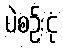
ပဲစဉ်းငုံ